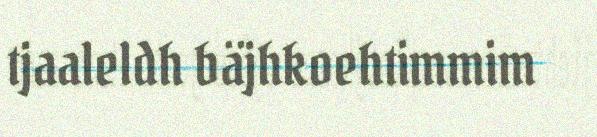
tjaaleldh bäjhkoehtimmim